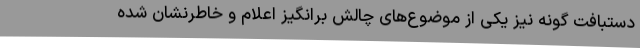
دستبافت گونه نیز یکی از موضوع‌های چالش برانگیز اعلام و خاطرنشان شده